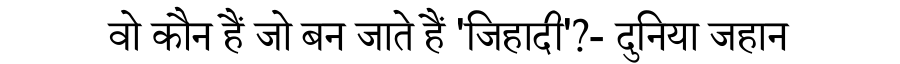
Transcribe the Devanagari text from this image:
वो कौन हैं जो बन जाते हैं 'जिहादी'?- दुनिया जहान